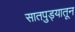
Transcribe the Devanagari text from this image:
सातपुड्यातून